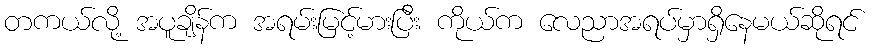
တကယ်လို့ အပူချိန်က အရမ်းမြင့်မားပြီး ကိုယ်က လေညာအရပ်မှာရှိနေမယ်ဆိုရင်